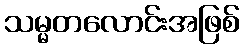
သမ္မတလောင်းအဖြစ်